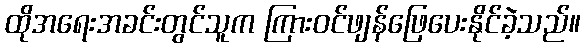
ထိုအရေးအခင်းတွင်သူက ကြားဝင်ဖျန်ဖြေပေးနိုင်ခဲ့သည်။